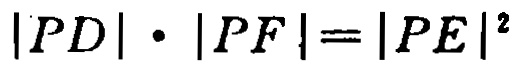
\(|PD|\cdot|PF| = |PE|^{2}\)